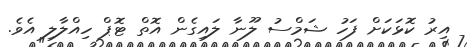
އިރު ކޮޅަކަށް ފަހު ޝަމްސު ލޫނާ ލައިގެން އޮތް ޓޮޕް ހިއްލާލި އެވެ.